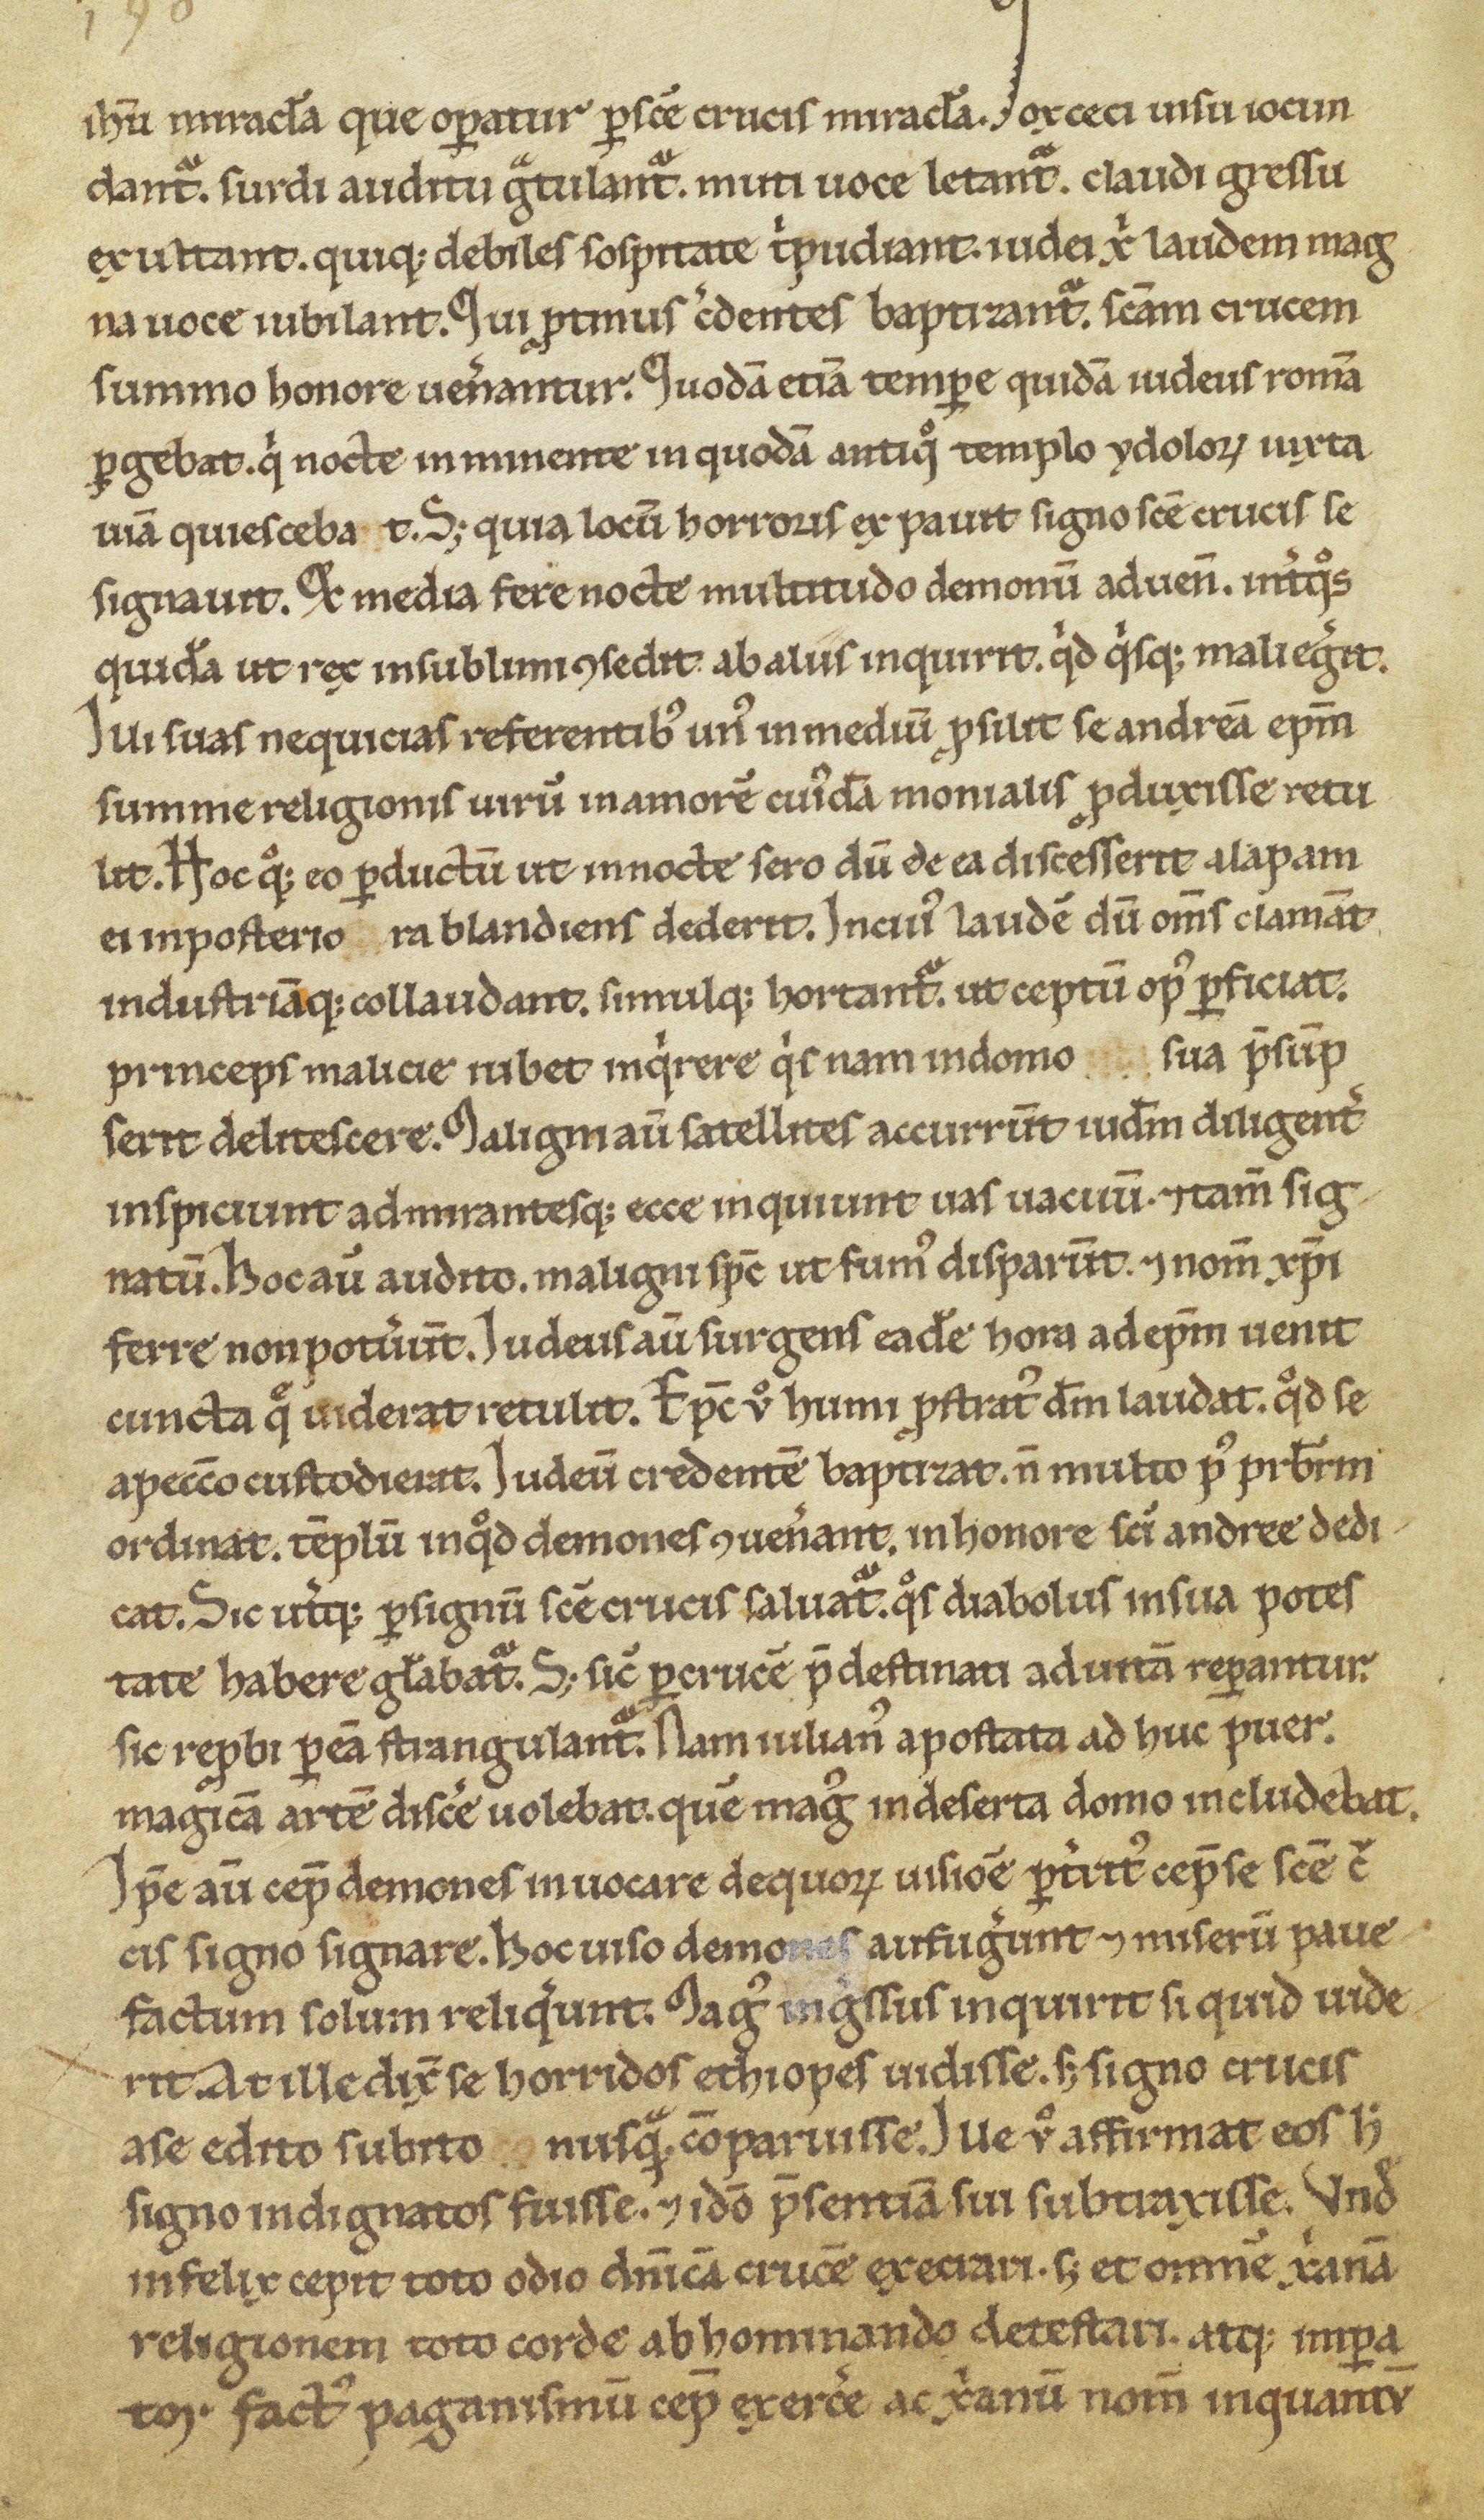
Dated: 1100–1299